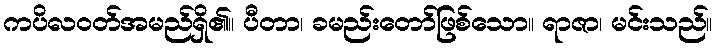
ကပိလဝတ်အမည်ရှိ၏။ ပီတာ၊ ခမည်းတော်ဖြစ်သော။ ရာဇာ၊ မင်းသည်။